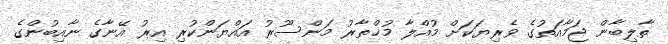
ތާލިބާން ޖަމާއަތުގެ ވެރިޔަކަށް މުއްލާ މުޚްތާރު މަންސޫރު އައްޔަންކުރި އިރު އޭނާގެ ނާއިބުންގެ